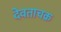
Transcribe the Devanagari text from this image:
देवताचक्र